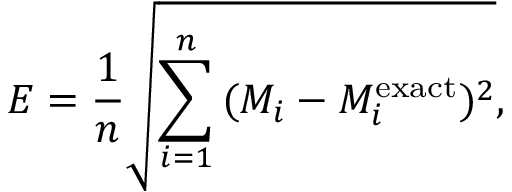
E = \frac { 1 } { n } \sqrt { \sum _ { i = 1 } ^ { n } { ( M _ { i } - M _ { i } ^ { \mathrm { e x a c t } } ) ^ { 2 } } } ,